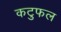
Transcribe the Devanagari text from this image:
कटुफल